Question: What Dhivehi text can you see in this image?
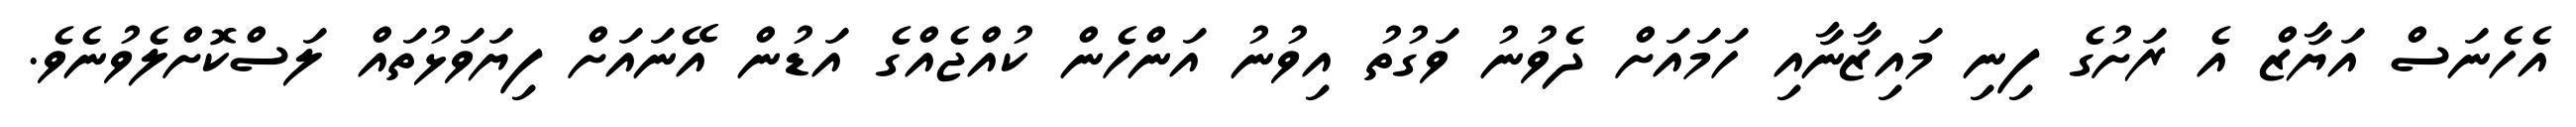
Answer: އެހެނަސް އަޔާޒް އެ ރަށުގެ ފިނި މައިޒާނާއި ހަމައަށް ދެވުނު ވަގުތު އިވުނު އަންހެން ކުއްޖެއްގެ އަޑުން އޭނައަށް ފިޔަވަޅުތައް ލަސްކޮށްލެވުނެވެ.